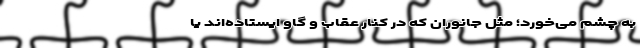
به چشم می‌خورد؛ مثل جانوران که در کنار عقاب و گاو ایستاده‌اند یا